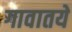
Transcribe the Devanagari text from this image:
गावातये